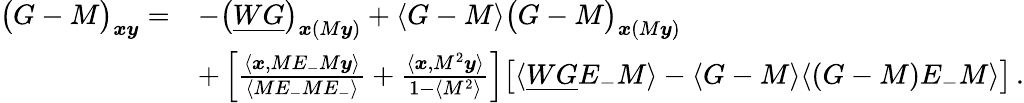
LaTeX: \begin{array}{rl}{\big(G-M\big)_{\boldsymbol{x}\boldsymbol{y}}=}&{-\big(\underline{{WG}}\big)_{\boldsymbol{x}(M\boldsymbol{y})}+\langle G-M\rangle\big(G-M\big)_{\boldsymbol{x}(M\boldsymbol{y})}}\\ &{+\left[\frac{\langle\boldsymbol{x},ME_{-}M\boldsymbol{y}\rangle}{\langle ME_{-}ME_{-}\rangle}+\frac{\langle\boldsymbol{x},M^{2}\boldsymbol{y}\rangle}{1-\langle M^{2}\rangle}\right]\big[\langle\underline{{WG}}E_{-}M\rangle-\langle G-M\rangle\langle(G-M)E_{-}M\rangle\big]\, .}\end{array}